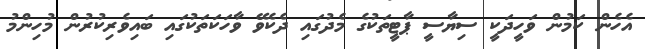
އެހެން ކަމުން ވަހީދަކީ ސިޔާސީ ޕާޓީތަކުގެ މެދުގައި ދެކެވޭ ވާހަކަތަކުގައި ބައިވެރިކުރުން މުހިންމު